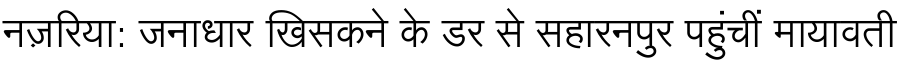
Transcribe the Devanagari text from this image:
नज़रिया: जनाधार खिसकने के डर से सहारनपुर पहुंचीं मायावती